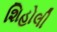
શિહોલી